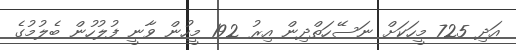
އަދި 725 މީހަކަށް ނަސޭހަތްދިން އިރު 192 މީހުން ވާނީ ފުލުހުން ބެލުމުގެ